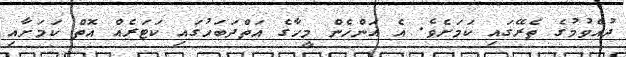
ދުއްވުމުގެ ތެރޭގައި ކަމަށެވެ. އެ އަންހެން މީހާގެ އަތްދަބަހުގައި ކަޓަރެއް އޮތް ކަމަށާއި